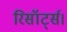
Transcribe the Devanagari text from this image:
रिसॉर्ट्स।